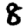
Digit: 8